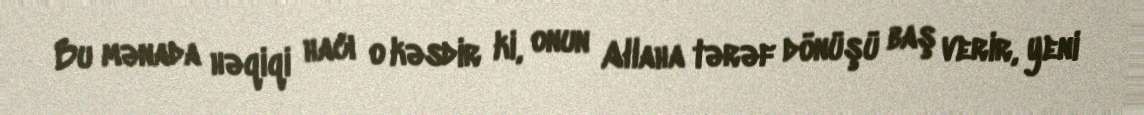
Bu mənada həqiqi hacı o kəsdir ki, onun Allaha tərəf dönüşü baş verir, yeni